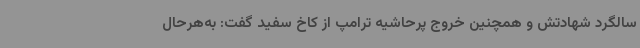
سالگرد شهادتش و همچنین خروج پرحاشیه ترامپ از کاخ سفید گفت: به‌هرحال